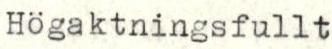
Högaktningsfullt